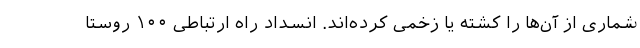
شماری از آن‌‌ها را کشته یا زخمی کرده‌اند. انسداد راه ارتباطی ۱۰۰ روستا